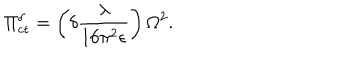
LaTeX: \Pi _ { \mathrm { c t } } ^ { \delta } = \left( \delta \frac { \lambda } { 1 6 \pi ^ { 2 } \epsilon } \right) \Omega ^ { 2 } .